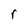
Character: r